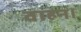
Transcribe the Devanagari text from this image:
वाहन।